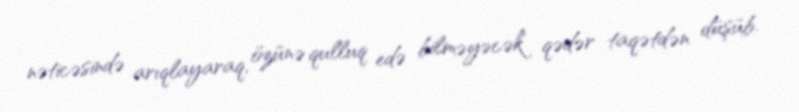
nəticəsində arıqlayaraq, özünə qulluq edə bilməyəcək qədər taqətdən düşüb.